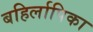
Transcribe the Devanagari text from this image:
बहिर्लापिका